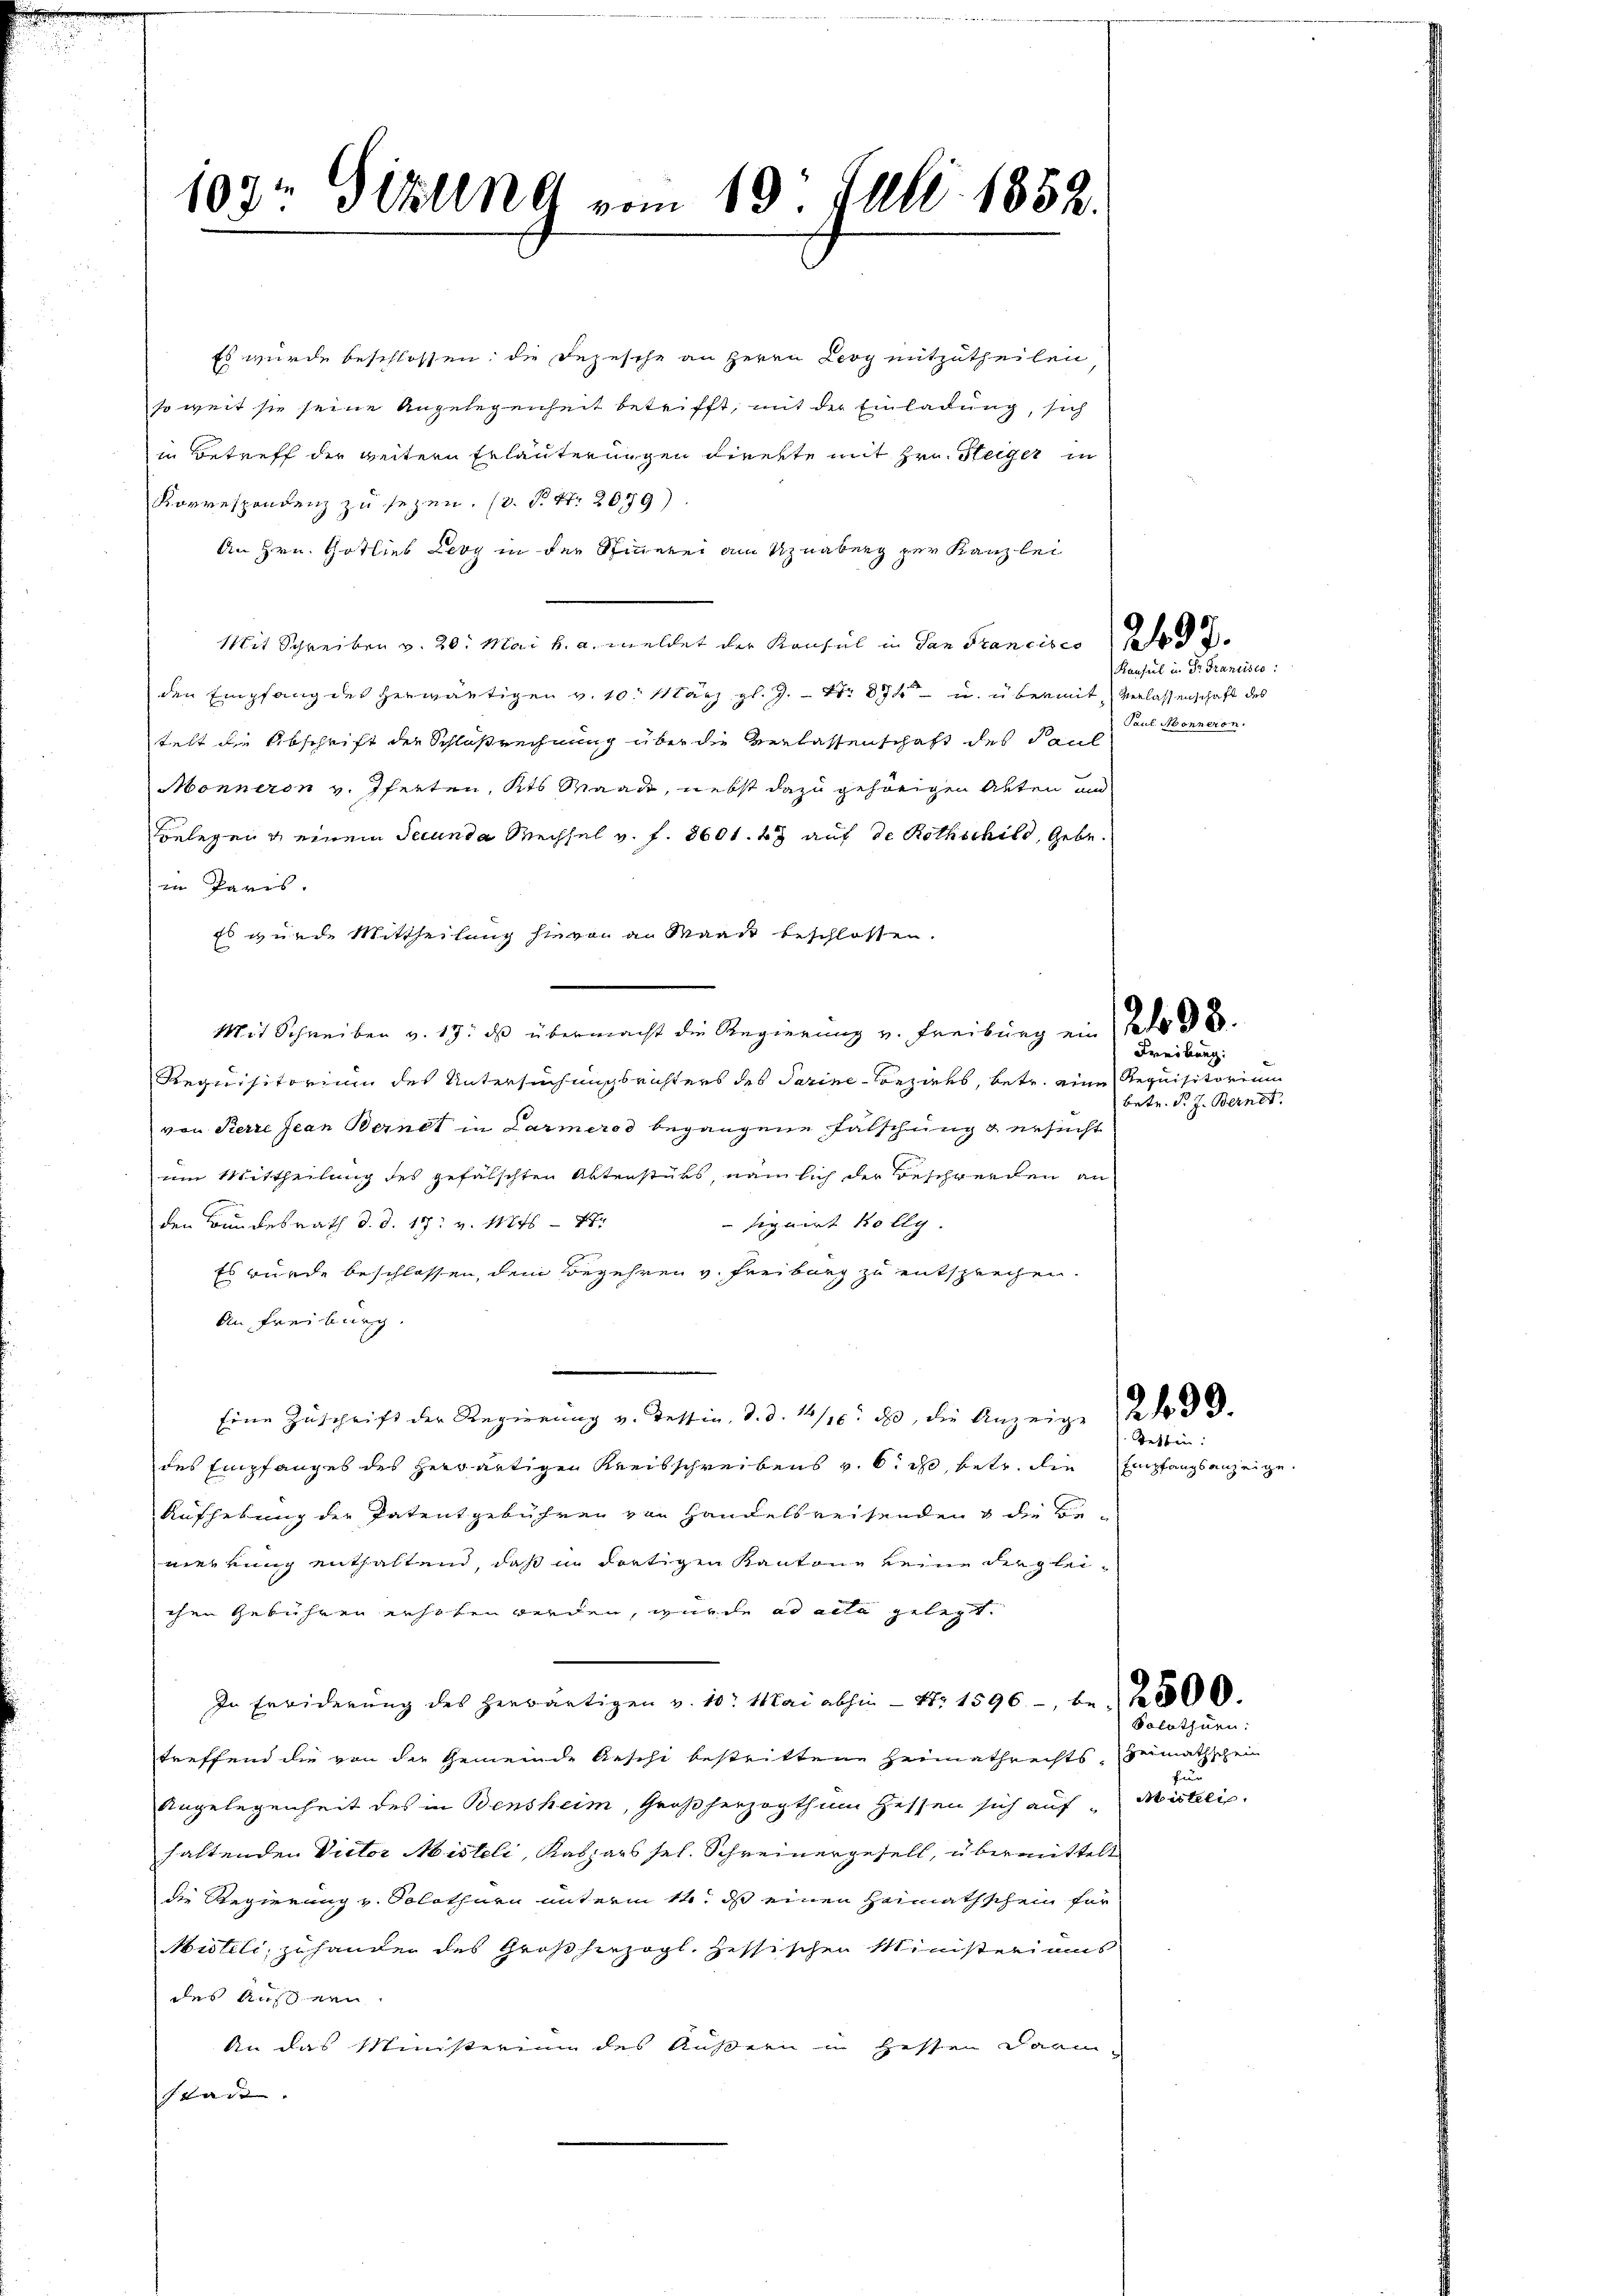
103t Sekung vom 19. Juli 1852.

Es wurde beschlossen; die Rezesche an Herrn Levy mitzutheilen
so weit sie seine Angelegenheit betrifft, mit der Einladung, sich
in Betreff der weitern Erläuterungen direkte mit Hrn. Steiger in
Korrespondenz zu sezen. (v. P. Nr. 2079)
An Hrn. Gotlieb Levy in der Spinnerei am Uznabung zur Kanzlei
Mit Schreiben v. 20. Mai v. a. meldet der Konsul in dan Francisco Jahr d
den Empfang des herwärtigen v. 10. März l. J. Nr. 874 u. übermit Verlassenschaft des
telt die Abschrift der Schlußrechnung über die Verlassenschaft des Paul
Monneron v. Pferten, Kts Waadt, nebst dazu gehörigen Akten und
Belegen & einem Secunda Wechsel v. f. 360 f. 4 auf de Rothschild, Gebe
in Paris.
Es wurde Mittheilung hievon an Waadt beschlossen.
Mit Schreiben v. 17. ds übermacht die Regierŭng u. Freiburg ein Nedo 98.
Requisitorium des Untersuchungsrichters des Tarine Beziehs, betr. eine Requisitorium
von Pierre Jean Bernet in Larmeros begangene Fälschung & ersucht
um Mittheilung des gefälschten Aktenstüks, nämlich der Beschwerden an
den Bundesrath d. d. 17. v. 11846 - 4.
signirt Kollg.
Es wurde beschlossen, dem Begehren v. Freiburg zu entsprechen.
An Freiburg.
Eine Zŭschrift der Regierung v. Tessin, d. d. 14/16. d. die Anzeige Redo 30.
des Empfanges des herwärtigen Kreisschreibens v. 6. ds, betr. die Empfangsanzeige
Aushebung der Patentgebühren von Handelsreisenden & die Bemerkung enthaltend, daß in dortigen Kantone keine dergleichen Gebühren erhoben werden, wurde ad acta gelegt.
In Erwiderŭng des herwärtigen v. 10. Mai abhin Nr. 1596, be-
treffend die von der Gemeinde Aeschi bestrittene Heimathrechts, Heimathschein
Angelegenheit des in Bensheim, Großherzogthum Hessen sich aufhaltenden Victor Misteli, Kaspars sel. Schreinergesell, übermittelt
die Regierung u. Solothurn unterm 14. ds einen Heimathschein für
Misteli, zu hander des Großherzogl. Zessischen Ministeriums
des Aussern.
An das Ministerium des Äußern in Hessen Darmstadt

Konsul in Dr. Francisco
Paul Monneren.

Freibung:

betr. P. J. Bernet.

Tettin:

2500.
e
zu
Abinteli